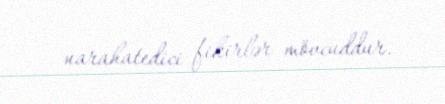
narahatedici fikirlər mövcuddur.